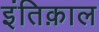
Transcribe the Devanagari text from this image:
इंतिक़ाल